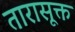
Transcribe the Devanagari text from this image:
तारासूक्त